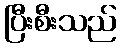
ပြီးစီးသည်